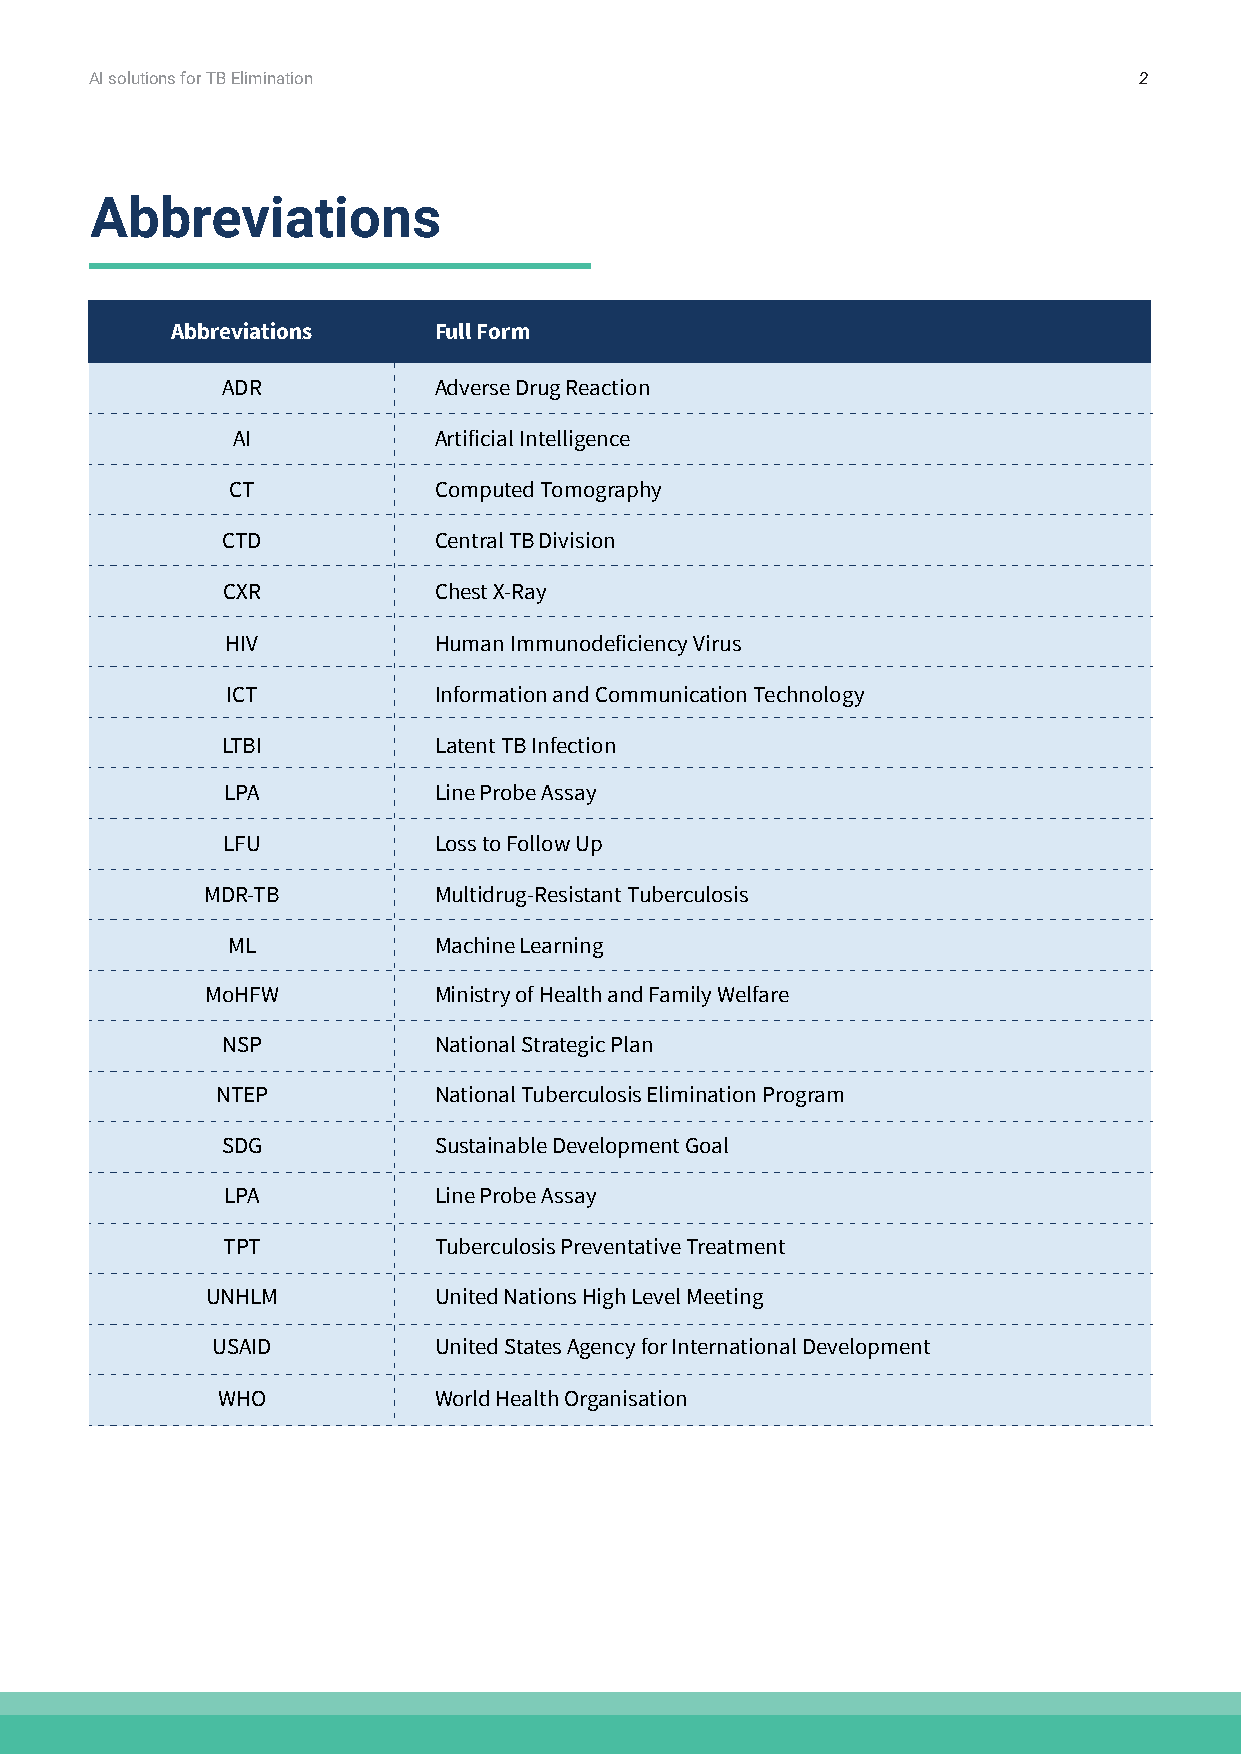
AI solutions for TB Elimination                                      2
 Abbreviations
 Abbreviations     Full Form
 ADR           Adverse Drug Reaction
 AI            Artificial Intelligence
 CT            Computed Tomography
 CTD           Central TB Division
 CXR           Chest X-Ray
 HIV           Human Immunodeficiency Virus
 ICT           Information and Communication Technology
 LTBI          Latent TB Infection
 LPA           Line Probe Assay
 LFU           Loss to Follow Up
 MDR-TB         Multidrug-Resistant Tuberculosis
 ML            Machine Learning
 MoHFW          Ministry of Health and Family Welfare
 NSP           National Strategic Plan
 NTEP           National Tuberculosis Elimination Program
 SDG           Sustainable Development Goal
 LPA           Line Probe Assay
 TPT           Tuberculosis Preventative Treatment
 UNHLM          United Nations High Level Meeting
 USAID          United States Agency for International Development
 WHO            World Health Organisation